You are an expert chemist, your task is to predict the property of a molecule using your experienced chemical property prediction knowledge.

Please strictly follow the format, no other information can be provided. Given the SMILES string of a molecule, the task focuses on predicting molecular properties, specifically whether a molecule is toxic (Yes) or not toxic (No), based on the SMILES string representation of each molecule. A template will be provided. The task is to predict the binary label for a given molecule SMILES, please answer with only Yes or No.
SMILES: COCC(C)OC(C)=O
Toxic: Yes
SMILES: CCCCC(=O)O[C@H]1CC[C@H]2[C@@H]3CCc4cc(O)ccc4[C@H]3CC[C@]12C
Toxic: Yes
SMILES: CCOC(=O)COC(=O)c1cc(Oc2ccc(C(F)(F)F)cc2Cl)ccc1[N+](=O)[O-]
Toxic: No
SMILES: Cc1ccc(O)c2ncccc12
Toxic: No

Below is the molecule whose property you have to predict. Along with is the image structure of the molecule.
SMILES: CCCc1c(OCCCCc2nnn[nH]2)ccc(C(C)=O)c1O
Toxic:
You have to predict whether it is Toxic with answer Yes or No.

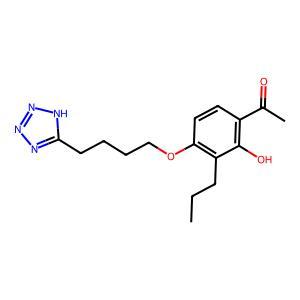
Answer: No